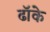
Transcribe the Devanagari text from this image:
ढॉके